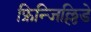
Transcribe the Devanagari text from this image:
फ्रिन्जिल्लिडे